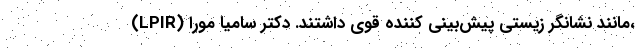
(LPIR) مانند نشانگر زیستی پیش‌بینی کننده‌ قوی داشتند. دکتر سامیا مورا،